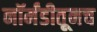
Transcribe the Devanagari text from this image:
नॉर्मंडीतूनच